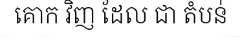
គោក វិញ ដែល ជា តំបន់